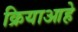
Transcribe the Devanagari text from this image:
क्रियाआहे